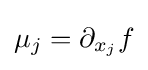
\mu _{j}=\partial _{x_{j}}f